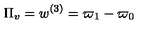
\Pi _ { v } = w ^ { ( 3 ) } = \varpi _ { 1 } - \varpi _ { 0 }